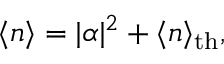
\langle n \rangle = | \alpha | ^ { 2 } + \langle n \rangle _ { \mathrm { t h } } ,